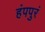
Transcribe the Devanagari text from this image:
हंपपुरं